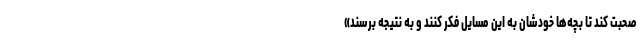
صحبت کند تا بچه‌ها خودشان به این مسایل فکر کنند و به نتیجه برسند»